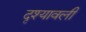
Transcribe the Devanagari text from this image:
दृश्‍यावली